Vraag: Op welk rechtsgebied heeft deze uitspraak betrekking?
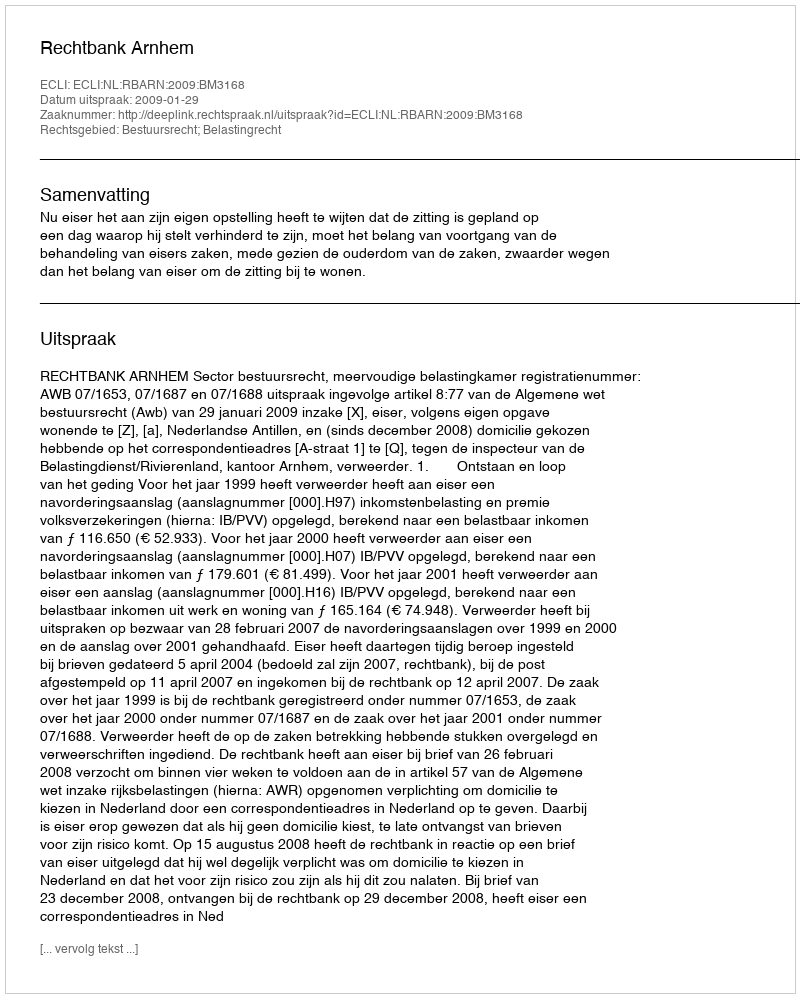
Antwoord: Bestuursrecht; Belastingrecht